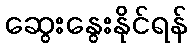
ဆွေးနွေးနိုင်ရန်